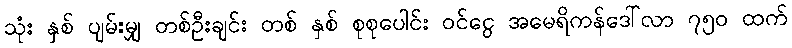
သုံး နှစ် ပျမ်းမျှ တစ်ဦးချင်း တစ် နှစ် စုစုပေါင်း ဝင်ငွေ အမေရိကန်ဒေါ်လာ ၇၅၀ ထက်